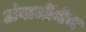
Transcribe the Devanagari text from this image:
अंबाजींचेच